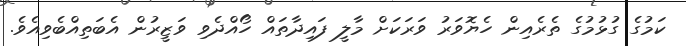
ކަމުގެ ގުޅުމުގެ ތެރެއިން ހެޔޮވަރު ވަރަކަށް މާލީ ފައިދާތައް ހޯއްދެވި ވަޒީރުން އެބަތިއްބެވިއެވެ.